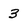
Character: 3